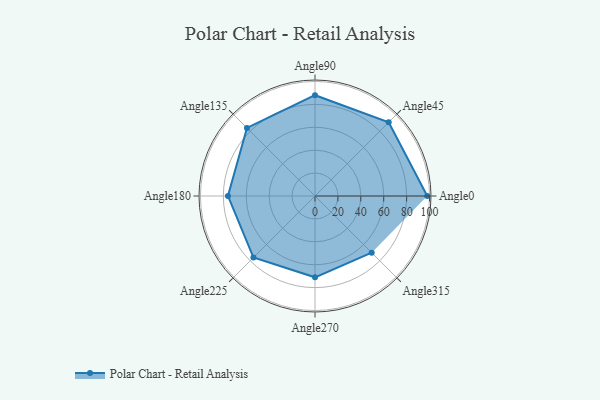
{"axis": {"x": "Angle", "y": "Radius"}, "legend": [""], "data": [{"x": "Angle0", "y": 98.0, "type": ""}, {"x": "Angle45", "y": 91.0, "type": ""}, {"x": "Angle90", "y": 88.0, "type": ""}, {"x": "Angle135", "y": 84.0, "type": ""}, {"x": "Angle180", "y": 76.0, "type": ""}, {"x": "Angle225", "y": 76.0, "type": ""}, {"x": "Angle270", "y": 71.0, "type": ""}, {"x": "Angle315", "y": 70.0, "type": ""}]}